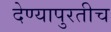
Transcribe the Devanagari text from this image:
देण्यापुरतीच